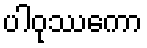
ပါဝုဿကော